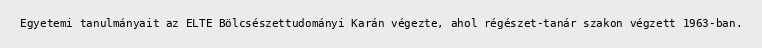
Egyetemi tanulmányait az ELTE Bölcsészettudományi Karán végezte, ahol régészet-tanár szakon végzett 1963-ban.